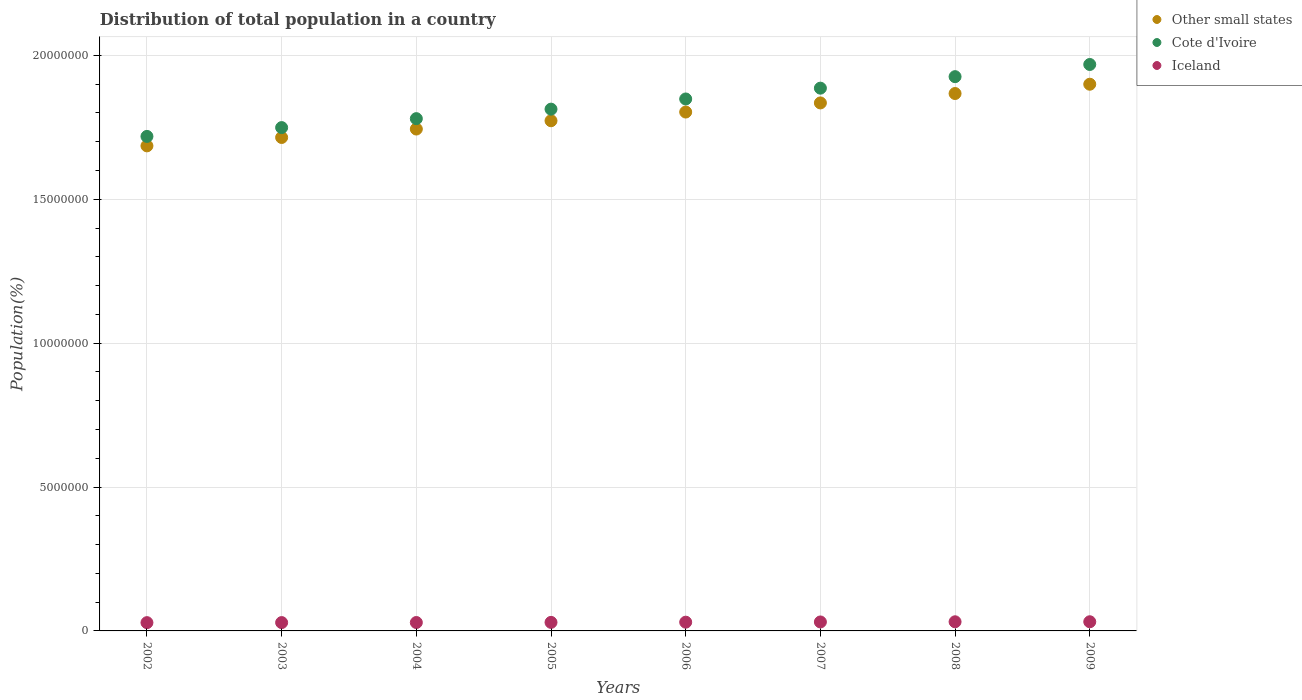
| Years | Other small states | Cote d'Ivoire | Iceland |
 | --- | --- | --- | --- |
 | 2002 | 1.69e+07 | 1.72e+07 | 2.88e+05 |
 | 2003 | 1.71e+07 | 1.75e+07 | 2.9e+05 |
 | 2004 | 1.74e+07 | 1.78e+07 | 2.92e+05 |
 | 2005 | 1.77e+07 | 1.81e+07 | 2.97e+05 |
 | 2006 | 1.8e+07 | 1.85e+07 | 3.04e+05 |
 | 2007 | 1.83e+07 | 1.89e+07 | 3.12e+05 |
 | 2008 | 1.87e+07 | 1.93e+07 | 3.17e+05 |
 | 2009 | 1.9e+07 | 1.97e+07 | 3.18e+05 |